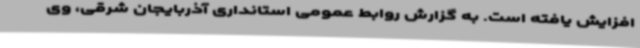
افزایش یافته است. به گزارش روابط عمومی استانداری آذربایجان شرقی، وی